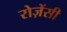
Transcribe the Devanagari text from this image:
रोज़ेंसी